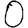
Digit: 0